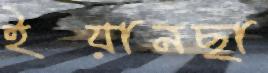
ইয়ানছা